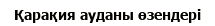
Қарақия ауданы өзендері